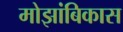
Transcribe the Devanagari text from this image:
मोझांबिकास